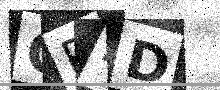
Text: GP4D